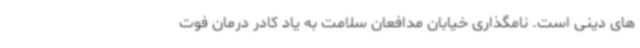
های دینی است. نامگذاری خیابان مدافعان سلامت به یاد کادر درمان فوت